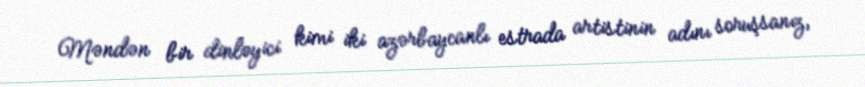
Məndən bir dinləyici kimi iki azərbaycanlı estrada artistinin adını soruşsanız,